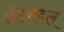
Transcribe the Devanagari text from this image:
ब्रँडबद्दल